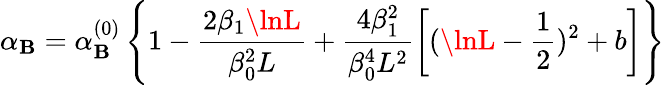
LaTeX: \alpha_{\mathbf{B}}=\alpha_{\mathbf{B}}^{(0)}\left\{ 1-\frac{{2\beta_{1}\lnL}}{{\beta_{0}^{2}L}}+\frac{{4\beta_{1}^{2}}}{{\beta_{0}^{4}L^{2}}}\left[(\lnL-\frac{{1}}{{2}})^{2}+b\right]\right\}